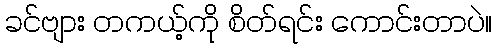
ခင်ဗျား တကယ့်ကို စိတ်ရင်း ကောင်းတာပဲ။